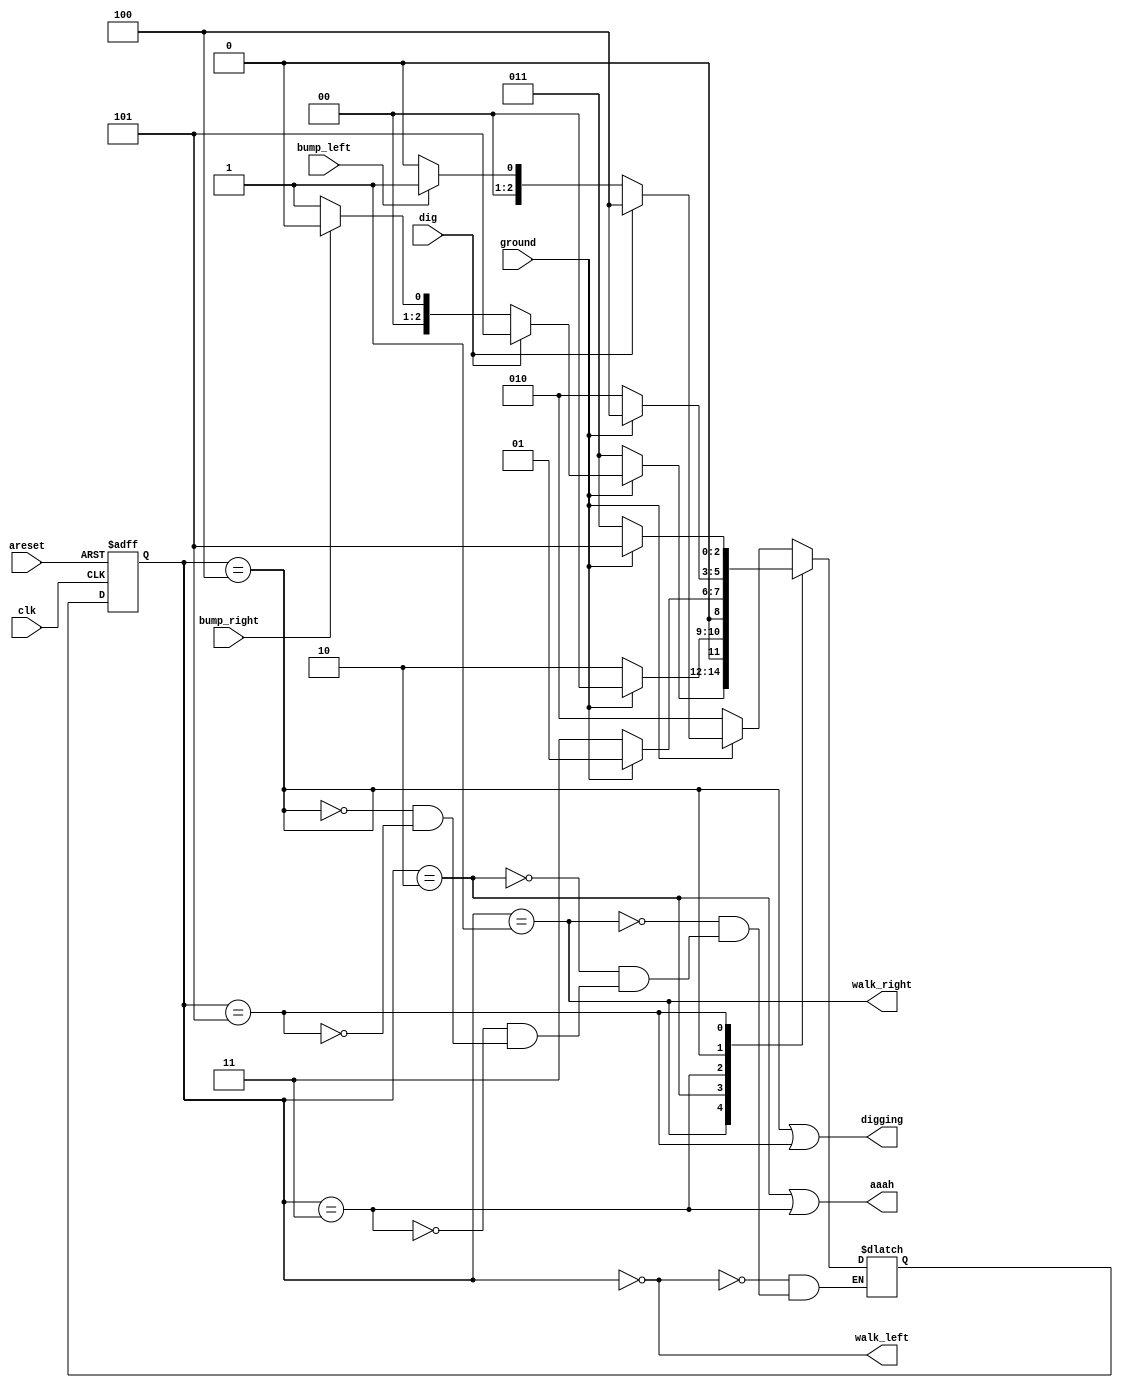
module top_module(
    input clk,
    input areset,    // Freshly brainwashed Lemmings walk left.
    input bump_left,
    input bump_right,
    input ground,
    input dig,
    output walk_left,
    output walk_right,
    output aaah,
    output digging 
    ); 
    parameter left = 0, right = 1, lfall = 2, rfall = 3, digleft = 4, digright = 5;
    reg [2:0] state, next_state;

    always @(*) begin
        case (state)
            left: next_state = ground? (dig? digleft : (bump_left? right : left)) : lfall;
            right: next_state = ground? (dig? digright : (bump_right? left : right)) : rfall;
            lfall: next_state = ground ? left : lfall;
            rfall: next_state = ground ? right : rfall;
            digleft: next_state = ground ? digleft : lfall;
            digright: next_state = ground ? digright : rfall;
        endcase
    end

    always @(posedge clk or posedge areset) begin
        if (areset) state <= left;
        else state <= next_state;
    end

    assign walk_left = (state == left);
    assign walk_right = (state == right);
    assign aaah = (state == lfall) | (state == rfall);
    assign digging = (state == digleft) | (state == digright);
endmodule